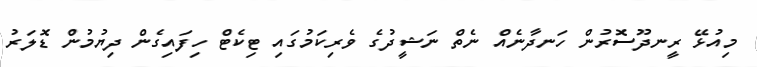
މިއުޅޭ ރީނދޫސޮރުން ހަނދާނެއް ނެތް ނަޝީދުގެ ވެރިކަމުގައި ޓިކެޓް ހިފައިގެން ދިޔުމުން ޑޮލަރު